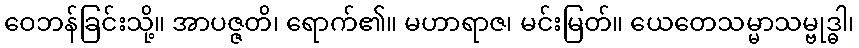
ဝေဘန်ခြင်းသို့။ အာပဇ္ဇတိ၊ ရောက်၏။ မဟာရာဇ၊ မင်းမြတ်။ ယေတေသမ္မာသမ္ဗုဒ္ဓါ၊